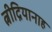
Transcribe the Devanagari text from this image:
त्नीद्रियानाह